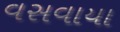
વસવાયા